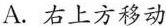
A.右上方移动